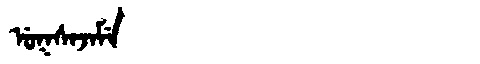
Manchu: ᡠᡴᠰᠠᠵᠠᠮᡝ
Romanization: UKSAJAME